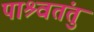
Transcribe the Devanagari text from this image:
पाश्र्वतंतु